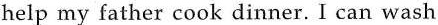
help my father cook dinner. I can wash